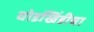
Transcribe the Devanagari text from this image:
घोडखिंडीचा